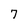
Character: 7